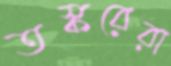
তস্করেরা